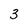
Character: 3